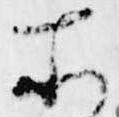
所